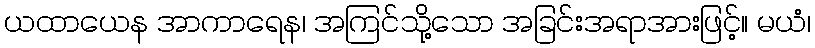
ယထာယေန အာကာရေန၊ အကြင်သို့သော အခြင်းအရာအားဖြင့်။ မယံ၊